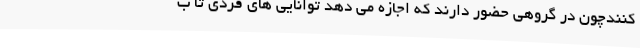
کنندچون در گروهی حضور دارند که اجازه می دهد توانایی های فردی تا ب